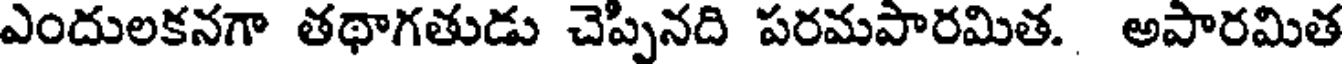
ఎందులకనగా తథాగతుడు చెప్పినది పరమపారమిత. అపారమిత